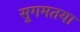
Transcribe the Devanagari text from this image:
सुगमतया